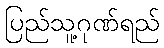
ပြည်သူ့ဂုဏ်ရည်